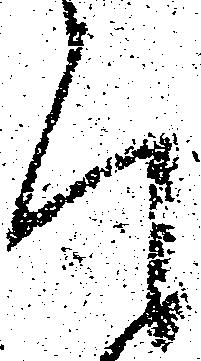
そ